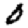
Digit: 0